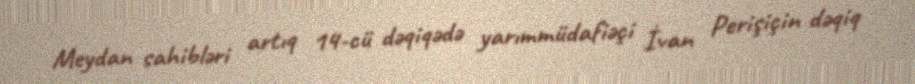
Meydan sahibləri artıq 14-cü dəqiqədə yarımmüdafiəçi İvan Perişiçin dəqiq